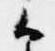
候